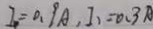
I _ { 1 } = 0 . 9 A , I _ { 1 } = 0 . 3 A